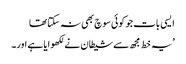
ایسی بات جو کوئی سوچ بھی نہ سکتا تھا
’یہ خط مجھ سے شیطان نے لکھوایا ہے اور۔